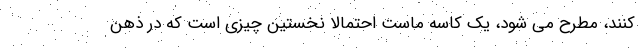
کنند، مطرح می شود، یک کاسه ماست احتمالا نخستین چیزی است که در ذهن